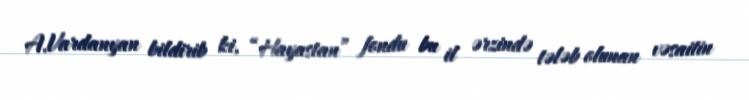
A.Vardanyan bildirib ki, “Hayastan” fondu bu il ərzində tələb olunan vəsaitin